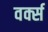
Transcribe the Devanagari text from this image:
वर्क्स